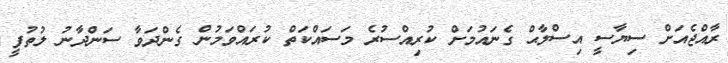
ރާއްޖެއަށް ސިޔާސީ އިސްލާޙް ގެނައުމަށް ކުރިއްސުރެ މަސައްކަތް ކުރައްވަމުން ގެންދަވާ ސަންދާނު ލުތުފީ